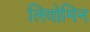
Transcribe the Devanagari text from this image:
लिवोमिन